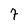
Character: 7